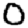
Digit: 0